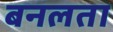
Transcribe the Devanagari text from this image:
बनलता